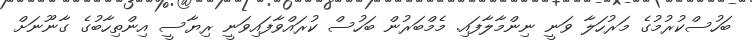
ބަހުސްކުރުމުގެ މަރުހަލާ ވަނީ ނިންމާލާފައި. މެމްބަރުން ބަހުސް ކުރައްވާފައިވަނީ ރިޔާސީ އިންތިހާބުގެ ގާނޫނަށް